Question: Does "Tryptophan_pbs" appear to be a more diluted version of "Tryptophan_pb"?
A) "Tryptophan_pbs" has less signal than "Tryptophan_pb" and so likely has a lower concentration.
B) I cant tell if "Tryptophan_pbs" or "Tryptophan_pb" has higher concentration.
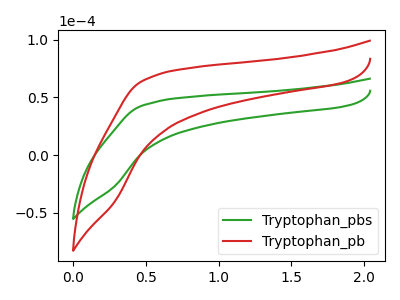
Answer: <think>The green curve "Tryptophan_pbs" has no peaks. The red curve "Tryptophan_pb" has no peaks.
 Neither "Tryptophan_pbs" or "Tryptophan_pb" have any peaks.</think>
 <answer>B) I cant tell if "Tryptophan_pbs" or "Tryptophan_pb" has higher concentration.</answer>
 <eval>B</eval>